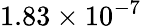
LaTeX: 1.83\times{{10}^{-7}}